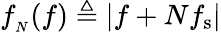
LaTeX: f_{_{N}}(f)\triangleq\left|f+Nf_{\mathrm{{s}}}\right|